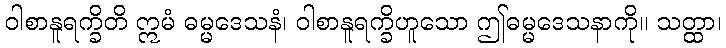
ဝါစာနူရက္ခိတိ ဣမံ ဓမ္မဒေသနံ၊ ဝါစာနူရက္ခိဟူသော ဤဓမ္မဒေသနာကို။ သတ္ထာ၊